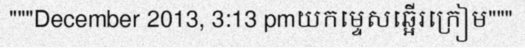
"""December 2013, 3:13 pmយកម្ទេសឆ្អើរក្រៀម"""